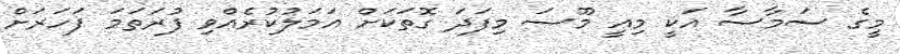
މީގެ ސަމާސާ އަކީ މިއީ މޫސަ މިފަދަ ގޮތަކަށް އަމަލުކުރެއްވި ފުރަތަމަ ފަހަރަށް